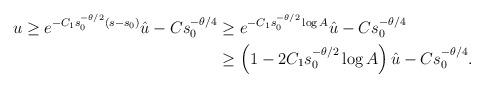
LaTeX: \begin{align*}u\geq e^{-C_1s_0^{-\theta/2}(s-s_0)}\hat{u}-Cs_0^{-\theta/4}&\geq e^{-C_1s_0^{-\theta/2}\log A}\hat{u}-Cs_0^{-\theta/4}\\&\geq \left(1-2C_1s_0^{-\theta/2}\log A\right)\hat{u}-Cs_0^{-\theta/4}.\end{align*}